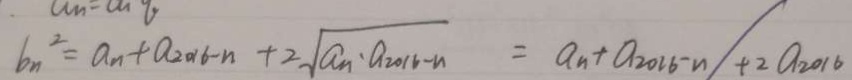
b _ { n } ^ { 2 } = a _ { n } + a _ { 2 0 1 6 - n } + 2 \sqrt { a _ { n } \cdot a _ { 2 0 1 6 - n } } = a _ { n } + a _ { 2 0 1 6 - n } + 2 a _ { 2 0 1 6 }